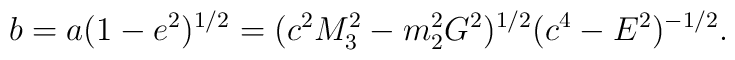
b = a(1 - e^{2})^{1/2} = (c^{2}M_{3}^{2} - m_{2}^{2}G^{2})^{1/2}(c^{4} - E^{2})^{- 1/2} .